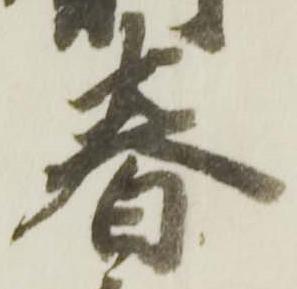
春